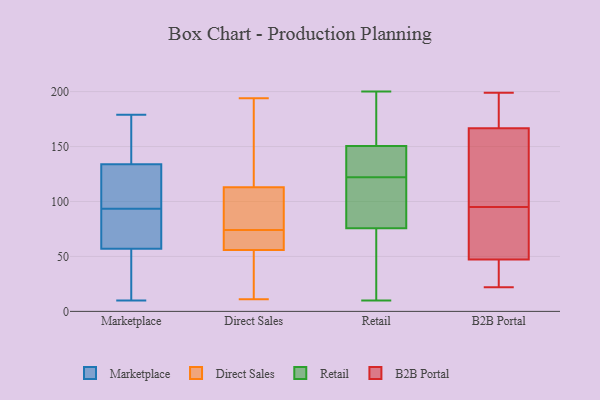
{"axis": {"x": "Energy Usage (MWh)", "y": "Value"}, "legend": ["B2B Portal", "Direct Sales", "Marketplace", "Retail"], "data": [{"x": "", "y": 179, "type": "Marketplace"}, {"x": "", "y": 26, "type": "Marketplace"}, {"x": "", "y": 134, "type": "Marketplace"}, {"x": "", "y": 72, "type": "Marketplace"}, {"x": "", "y": 81, "type": "Marketplace"}, {"x": "", "y": 120, "type": "Marketplace"}, {"x": "", "y": 159, "type": "Marketplace"}, {"x": "", "y": 102, "type": "Marketplace"}, {"x": "", "y": 10, "type": "Marketplace"}, {"x": "", "y": 168, "type": "Marketplace"}, {"x": "", "y": 25, "type": "Marketplace"}, {"x": "", "y": 136, "type": "Marketplace"}, {"x": "", "y": 57, "type": "Marketplace"}, {"x": "", "y": 106, "type": "Marketplace"}, {"x": "", "y": 27, "type": "Marketplace"}, {"x": "", "y": 59, "type": "Marketplace"}, {"x": "", "y": 85, "type": "Marketplace"}, {"x": "", "y": 129, "type": "Marketplace"}, {"x": "", "y": 68, "type": "Direct Sales"}, {"x": "", "y": 109, "type": "Direct Sales"}, {"x": "", "y": 74, "type": "Direct Sales"}, {"x": "", "y": 49, "type": "Direct Sales"}, {"x": "", "y": 181, "type": "Direct Sales"}, {"x": "", "y": 179, "type": "Direct Sales"}, {"x": "", "y": 74, "type": "Direct Sales"}, {"x": "", "y": 44, "type": "Direct Sales"}, {"x": "", "y": 60, "type": "Direct Sales"}, {"x": "", "y": 58, "type": "Direct Sales"}, {"x": "", "y": 87, "type": "Direct Sales"}, {"x": "", "y": 194, "type": "Direct Sales"}, {"x": "", "y": 113, "type": "Direct Sales"}, {"x": "", "y": 113, "type": "Direct Sales"}, {"x": "", "y": 20, "type": "Direct Sales"}, {"x": "", "y": 11, "type": "Direct Sales"}, {"x": "", "y": 68, "type": "Direct Sales"}, {"x": "", "y": 123, "type": "Retail"}, {"x": "", "y": 58, "type": "Retail"}, {"x": "", "y": 122, "type": "Retail"}, {"x": "", "y": 182, "type": "Retail"}, {"x": "", "y": 108, "type": "Retail"}, {"x": "", "y": 115, "type": "Retail"}, {"x": "", "y": 146, "type": "Retail"}, {"x": "", "y": 33, "type": "Retail"}, {"x": "", "y": 135, "type": "Retail"}, {"x": "", "y": 124, "type": "Retail"}, {"x": "", "y": 120, "type": "Retail"}, {"x": "", "y": 65, "type": "Retail"}, {"x": "", "y": 195, "type": "Retail"}, {"x": "", "y": 200, "type": "Retail"}, {"x": "", "y": 152, "type": "Retail"}, {"x": "", "y": 120, "type": "Retail"}, {"x": "", "y": 10, "type": "Retail"}, {"x": "", "y": 32, "type": "Retail"}, {"x": "", "y": 175, "type": "Retail"}, {"x": "", "y": 22, "type": "B2B Portal"}, {"x": "", "y": 160, "type": "B2B Portal"}, {"x": "", "y": 36, "type": "B2B Portal"}, {"x": "", "y": 104, "type": "B2B Portal"}, {"x": "", "y": 101, "type": "B2B Portal"}, {"x": "", "y": 95, "type": "B2B Portal"}, {"x": "", "y": 94, "type": "B2B Portal"}, {"x": "", "y": 187, "type": "B2B Portal"}, {"x": "", "y": 198, "type": "B2B Portal"}, {"x": "", "y": 32, "type": "B2B Portal"}, {"x": "", "y": 51, "type": "B2B Portal"}, {"x": "", "y": 61, "type": "B2B Portal"}, {"x": "", "y": 199, "type": "B2B Portal"}]}